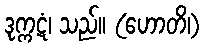
ဒုက္ကဋံ၊ သည်။ (ဟောတိ၊)